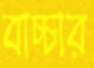
বাচ্চার